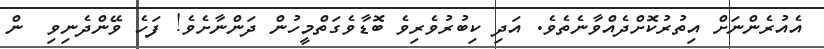
އެއުރެންނަށް އިތުރުކޮށްދެއްވާނެތެވެ. އަދި ކިބުރުވެރިވެ ބޮޑާވެގަތްމީހުން ދަންނާށެވެ! ފަހެ ވޭންދެނިވި  ން